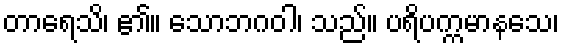
တာရေသိ၊ ၏။ သောဘဂဝါ၊ သည်။ ပရိပက္ကမာနသေ၊